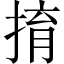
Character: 𢯡